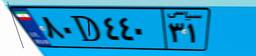
۰۹D۱۸۱۲۵